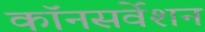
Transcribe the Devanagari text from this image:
कॉनसर्वेशन